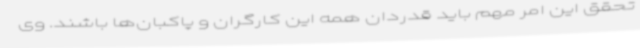
تحقق این امر مهم باید قدردان همه این کارگران و پاکبان‌ها باشند. وی